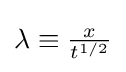
\lambda \equiv {\tfrac {x}{t^{1/2}}}